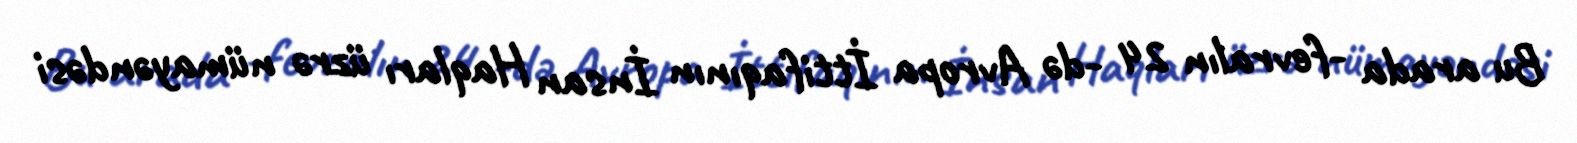
Bu arada -fevralın 24 -də Avropa İttifaqının İnsan Haqları üzrə nümayəndəsi